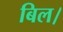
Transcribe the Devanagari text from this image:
बिल।